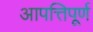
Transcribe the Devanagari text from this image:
आपत्तिपूर्ण